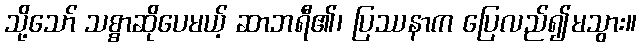
သို့သော် သစ္စာဆိုပေမယ့် ဆာဘရီ၏၊ ပြဿနာက ပြေလည်၍မသွား။